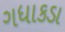
ગધાકડા